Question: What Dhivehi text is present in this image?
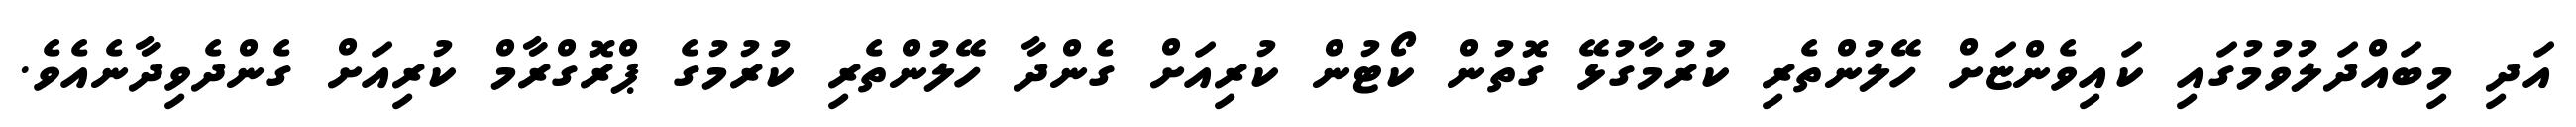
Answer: އަދި މިބައްދަލުވުމުގައި ކައިވެންޏަށް ހޭލުންތެރި ކުރުމާގުޅޭ ގޮތުން ކޯޓުން ކުރިއަށް ގެންދާ ހޭލުންތެރި ކުރުމުގެ ޕްރޮގްރާމް ކުރިއަށް ގެންދެވިދާނެއެވެ.